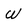
Character: W